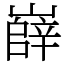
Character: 嶭